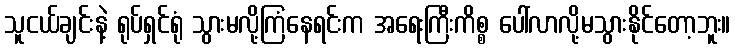
သူငယ်ချင်းနဲ့ ရုပ်ရှင်ရုံ သွားမလို့ကြံနေရင်းက အရေးကြီးကိစ္စ ပေါ်လာလို့မသွားနိုင်တော့ဘူး။